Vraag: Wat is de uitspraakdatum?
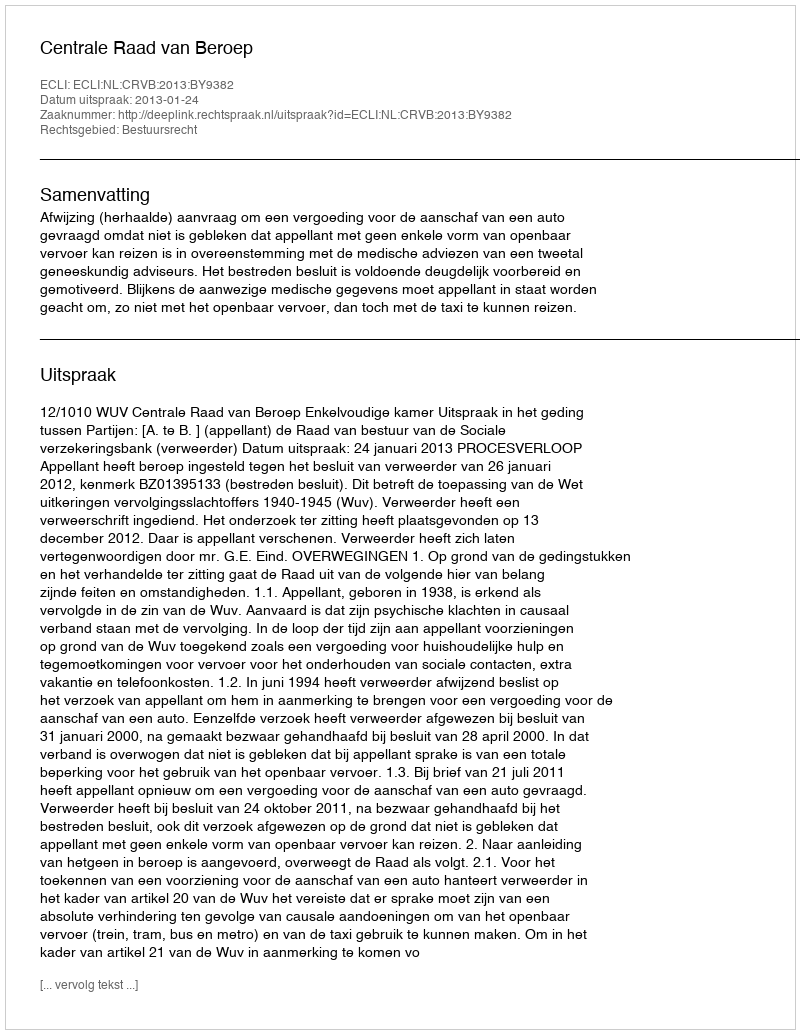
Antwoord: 2013-01-24